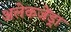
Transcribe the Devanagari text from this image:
अलेकजेंड्रा